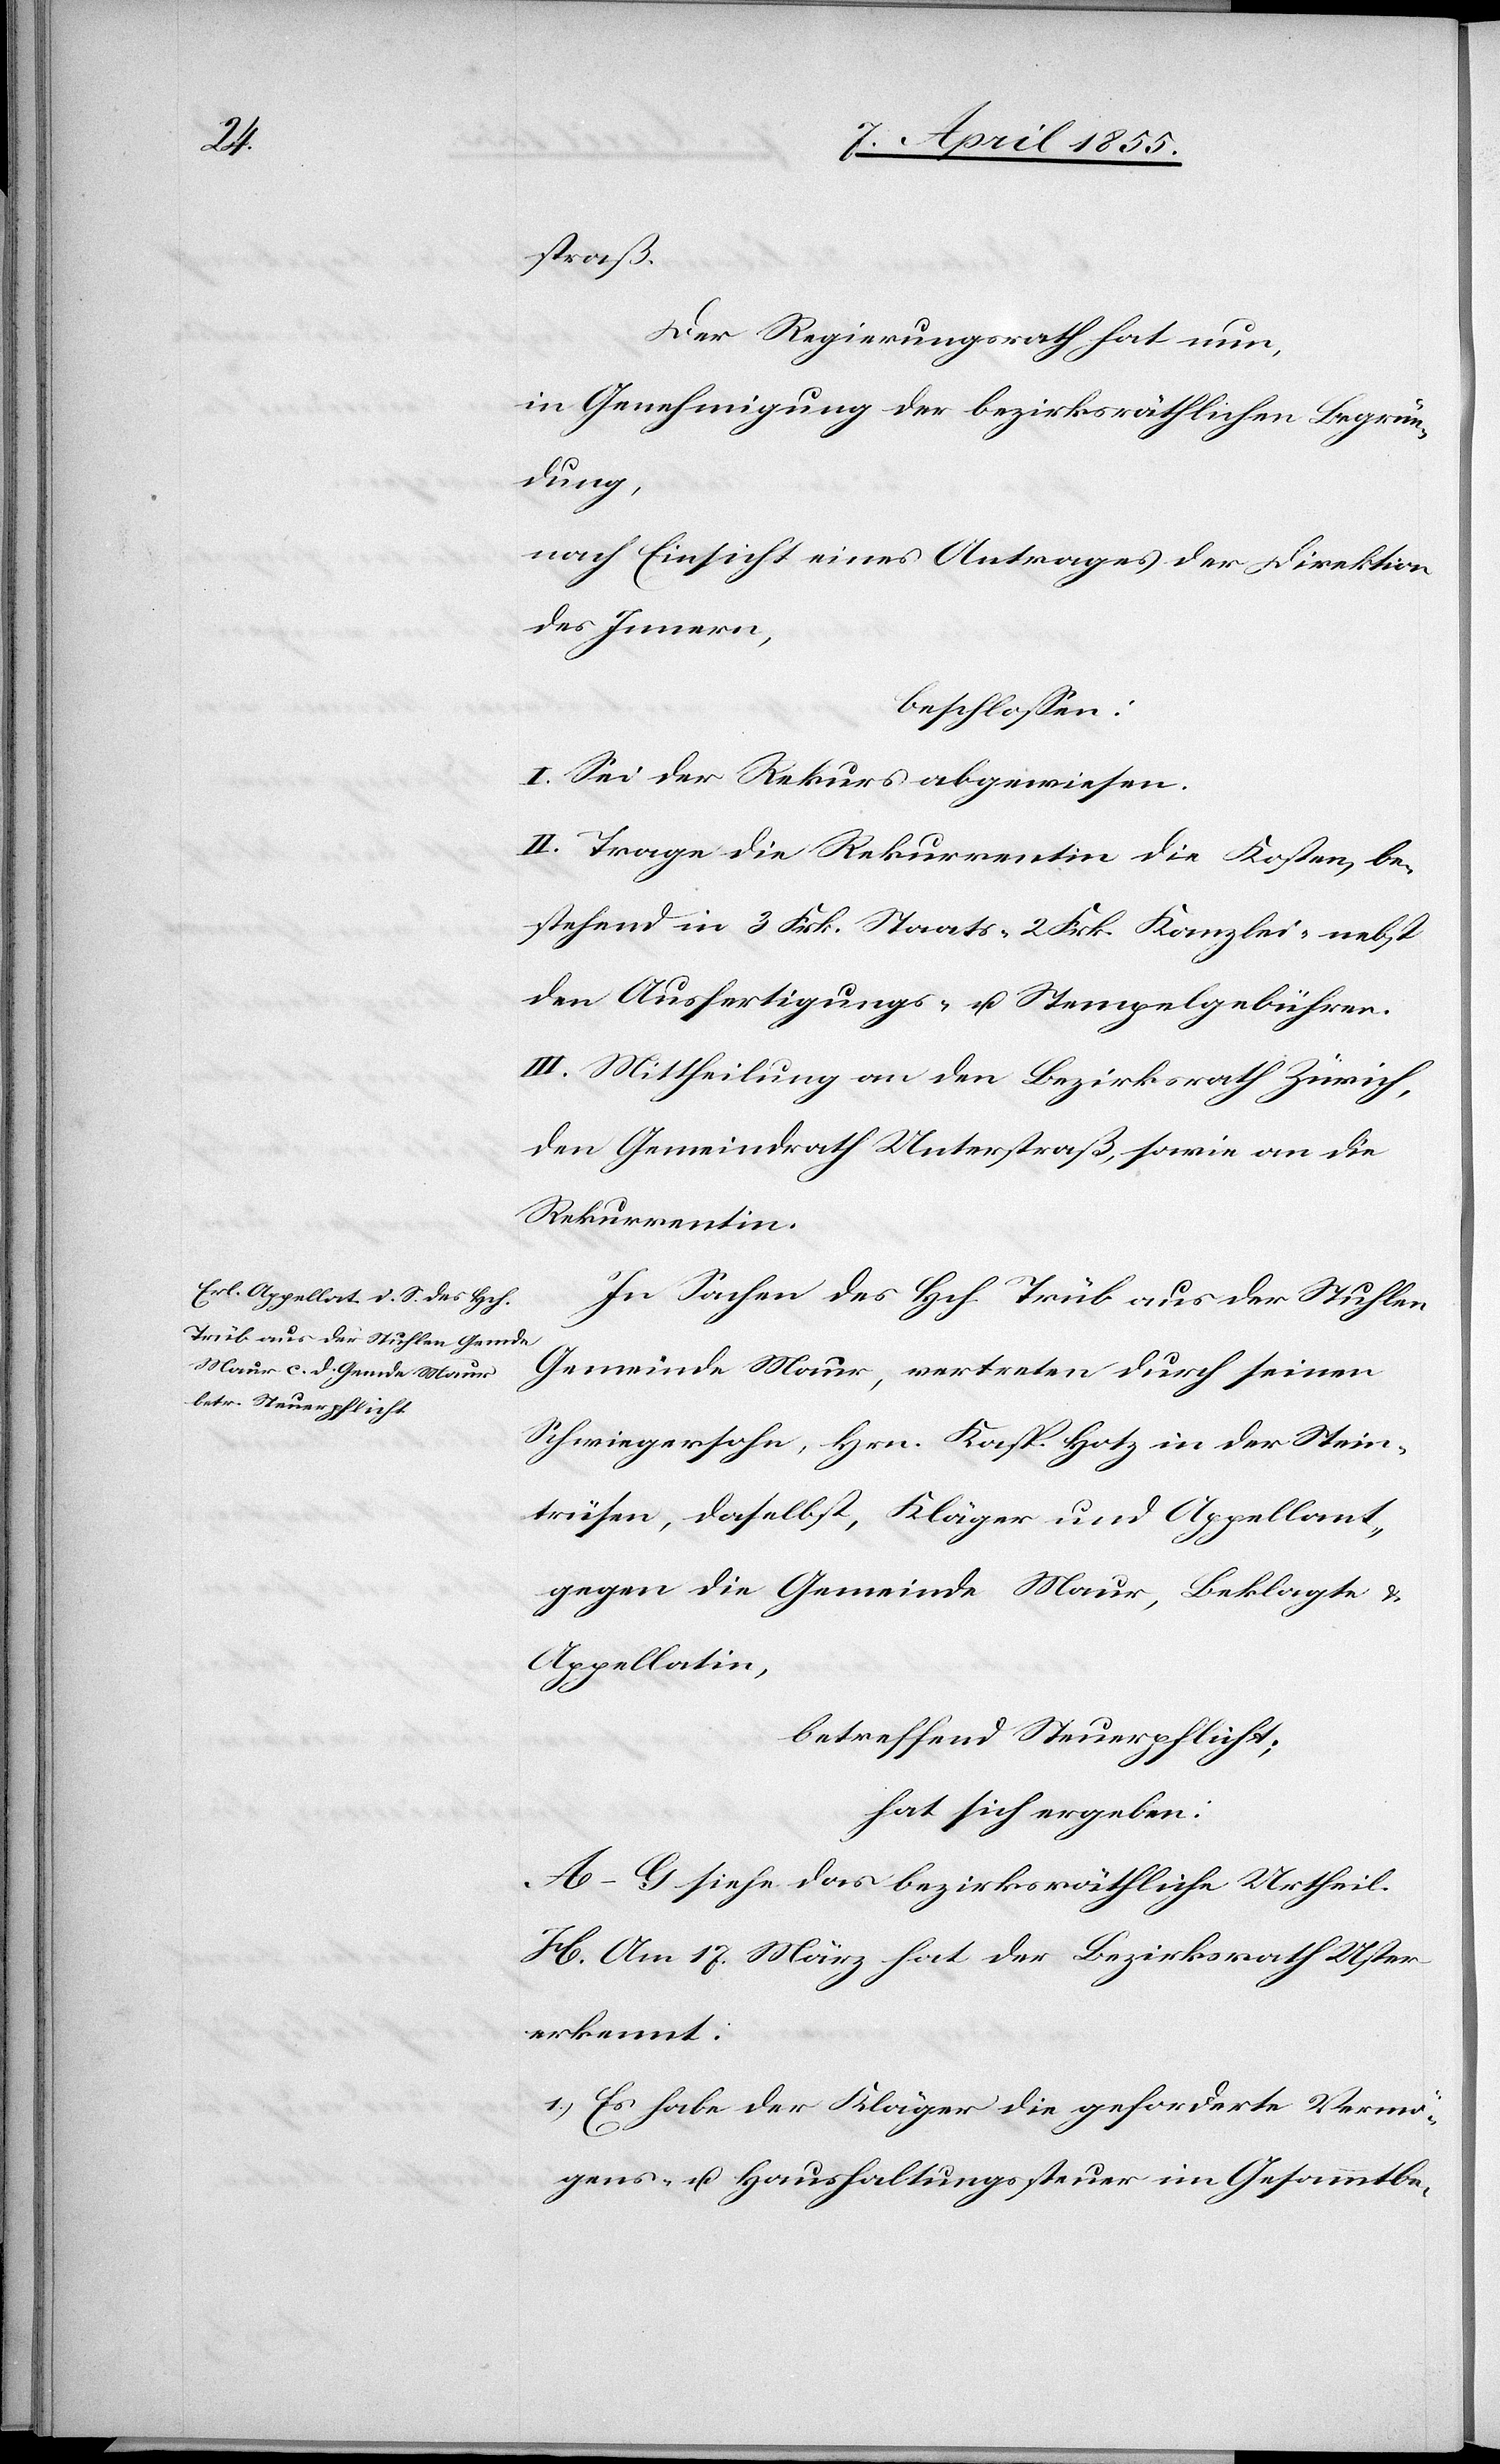
straß.
Der Regierungsrath hat nun,
in Genehmigung der bezirksräthlichen Begrün¬
dung,
nach Einsicht eines Antrages der Direktion
des Innern,
beschlossen:
I. Sei der Rekurs abgewiesen.
II. Trage die Rekurrentin die Kosten, be¬
stehend in 3 Frk. Staats-[,] 2 Frk. Kanzlei-[,] nebst
den Ausfertigungs- u. Stempelgebühren.
III. Mittheilung an den Bezirksrath Zürich,
den Gemeindrath Unterstraß, sowie an die
Rekurrentin.
In Sachen des Hch. Trüb aus der Stuhlen
Gemeinde Maur, vertreten durch seinen
Schwiegersohn, Hrn. Kasp. Hotz in der Stein¬
trüsen, daselbst, Kläger und Appellant,
gegen die Gemeinde Maur, Beklagte &
Appellatin,
betreffend Steuerpflicht;
hat sich ergeben:
A–G siehe das bezirksräthliche Urtheil.
H. Am 17. März hat der Bezirksrath Uster
erkennt:
Es habe der Kläger die geforderte Vermö¬
gens- u. Haushaltungssteuer im Gesammtbe-